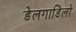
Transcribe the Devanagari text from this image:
डेलगाडिलो